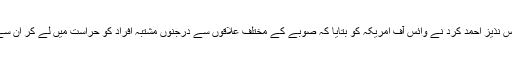
ڈپٹی انسپکٹر جنرل پولیس نذیز احمد کرد نے وائس آف امریکہ کو بتایا کہ صوبے کے مختلف علاقوں سے درجنوں مشتبہ افراد کو حراست میں لے کر اُن سے تفیش کی جا رہی ہے۔